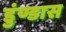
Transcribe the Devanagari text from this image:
डुंण्डास